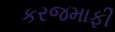
કરજમાફી